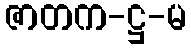
ဇာတက-ဋ္ဌ-မ